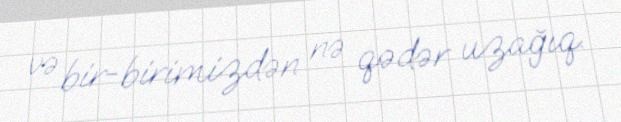
və bir-birimizdən nə qədər uzağıq.